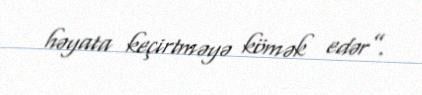
həyata keçirtməyə kömək edər”.